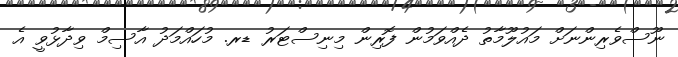
ނޫސްވެރިންނަށް މައުލޫމާތު ދެއްވަމުން ފޮރިން މިނިސްޓަރު ޑރ. މުހައްމަދު އާސިމް ވިދާޅުވީ އެ